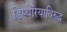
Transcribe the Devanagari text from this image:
डिप्थेरियाविरुद्ध